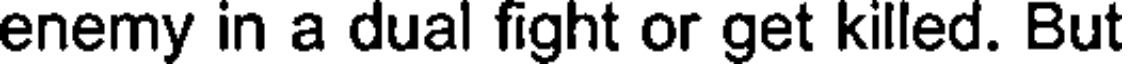
enemy in a dual fight or get killed. But